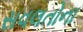
સવલતોના